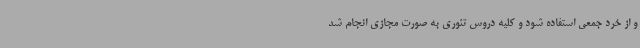
و از خرد جمعی استفاده شود و کلیه دروس تئوری به صورت مجازی انجام شد